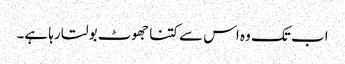
اب تک وہ اس سے کتنا جھوٹ بولتا رہا ہے۔